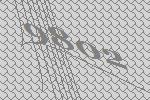
9802